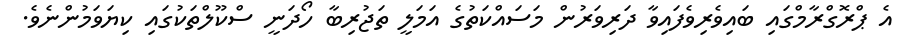
އެ ޕްރޮގްރާމްގައި ބައިވެރިވެފައިވާ ދަރިވަރުން މަސައްކަތުގެ އަމަލީ ތަޖުރިބާ ހޯދަނީ ސްކޫލްތަކުގައި ކިޔަވަމުންނެވެ.